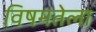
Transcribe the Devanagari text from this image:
विषमतेला